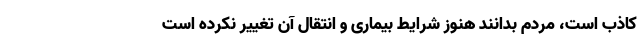
کاذب است، مردم بدانند هنوز شرایط بیماری و انتقال آن تغییر نکرده است